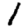
Digit: 1